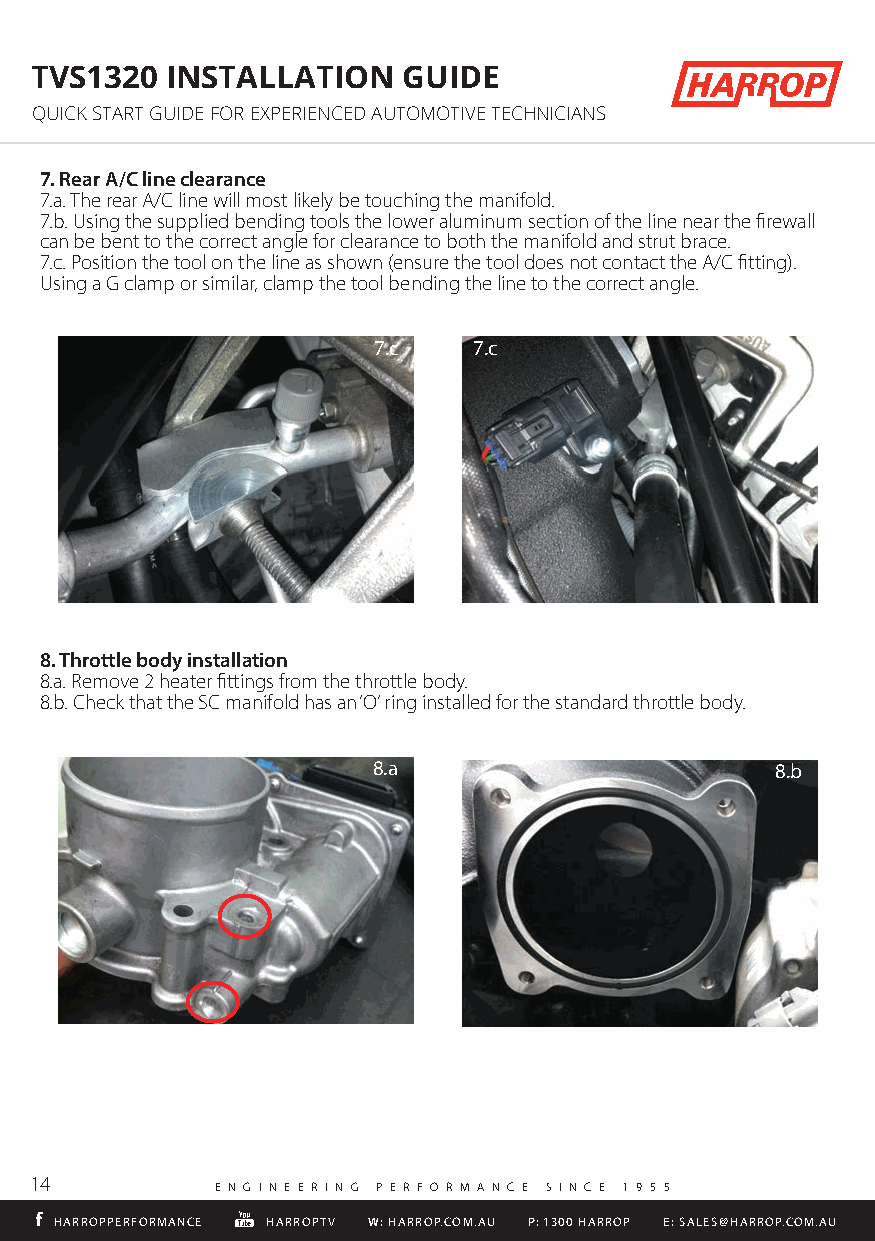
TVS1320  INSTALLATION    GUIDE
 QUICK START GUIDE FOR EXPERIENCED AUTOMOTIVE TECHNICIANS
 7. Rear A/C line clearance
 7.a. The rear A/C line will most likely be touching the manifold.
 7.b. Using the supplied bending tools the lower aluminum section of the line near the firewall
 can be bent to the correct angle for clearance to both the manifold and strut brace.
 7.c. Position the tool on the line as shown (ensure the tool does not contact the A/C fitting).
 Using a G clamp or similar, clamp the tool bending the line to the correct angle.
 7.c   7.c
 8. Throttle body installation
 8.a. Remove 2 heater fittings from the throttle body.
 8.b. Check that the SC manifold has an ‘O’ ring installed for the standard throttle body.
 HARROPPERFORMANCE HARROPTV W: HARROP.COM.AU P: 1300 HARROP E: SALES@HARROP.COM.AU
 7.c
 8.a                       8.b
 14
 E N G I N E E R I N G P E R F O R M A N C E S I N C E 1 9 5 5
 HHAARRRROOPPPPEERRFFOORRMMAANNCCEE HHAARRRROOPPTTVV WW:: HHAARRRROOPP..CCOOMM..AAUU PP:: 11330000 HHAARRRROOPP EE:: SSAALLEESS@@HHAARRRROOPP..CCOOMM..AAUU